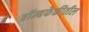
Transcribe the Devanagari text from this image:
बॉम्बफेकीतील